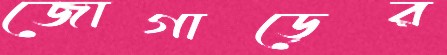
জোগাড়ের